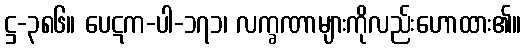
ဋ္ဌ-၃၈၆။ ပေဋက-ပါ-၁၇၁၊ လက္ခဏာများကိုလည်းဟောထား၏။